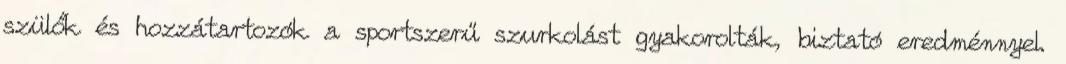
szülők és hozzátartozók a sportszerű szurkolást gyakorolták, biztató eredménnyel.